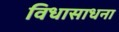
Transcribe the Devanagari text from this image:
विधासाधना